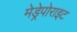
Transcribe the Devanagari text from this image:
मेड्रेपोराइट